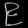
Digit: ၉